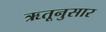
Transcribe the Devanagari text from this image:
ऋतूनुसार